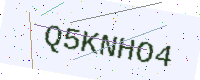
Text: Q5KNHO4